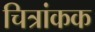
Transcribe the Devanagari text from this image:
चित्रांकक